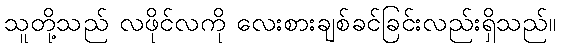
သူတို့သည် လဖိုင်လကို လေးစားချစ်ခင်ခြင်းလည်းရှိသည်။